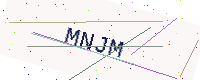
Text: MNJM